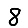
Digit: 8